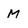
Character: M